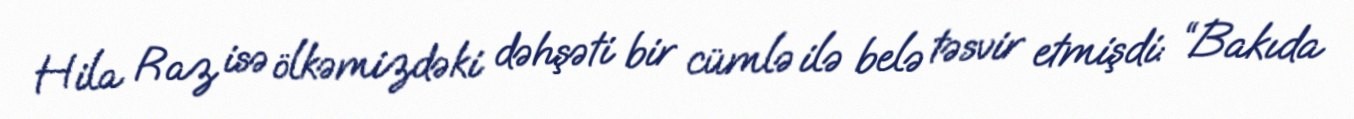
Hila Raz isə ölkəmizdəki dəhşəti bir cümlə ilə belə təsvir etmişdi: “Bakıda